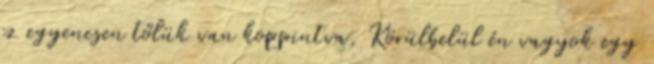
ez egyenesen tőlük van koppintva. Körülbelül én vagyok egy